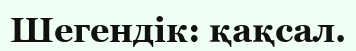
Шегендік: қақсал.